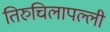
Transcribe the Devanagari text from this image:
तिरुचिलापल्ली